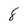
Character: 8